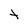
Character: t